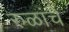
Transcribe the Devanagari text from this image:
रुळांचे